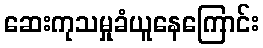
ဆေးကုသမှုခံယူနေကြောင်း